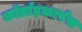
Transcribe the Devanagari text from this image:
कॉर्डाइकार्पस